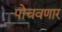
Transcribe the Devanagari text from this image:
पोचवणार